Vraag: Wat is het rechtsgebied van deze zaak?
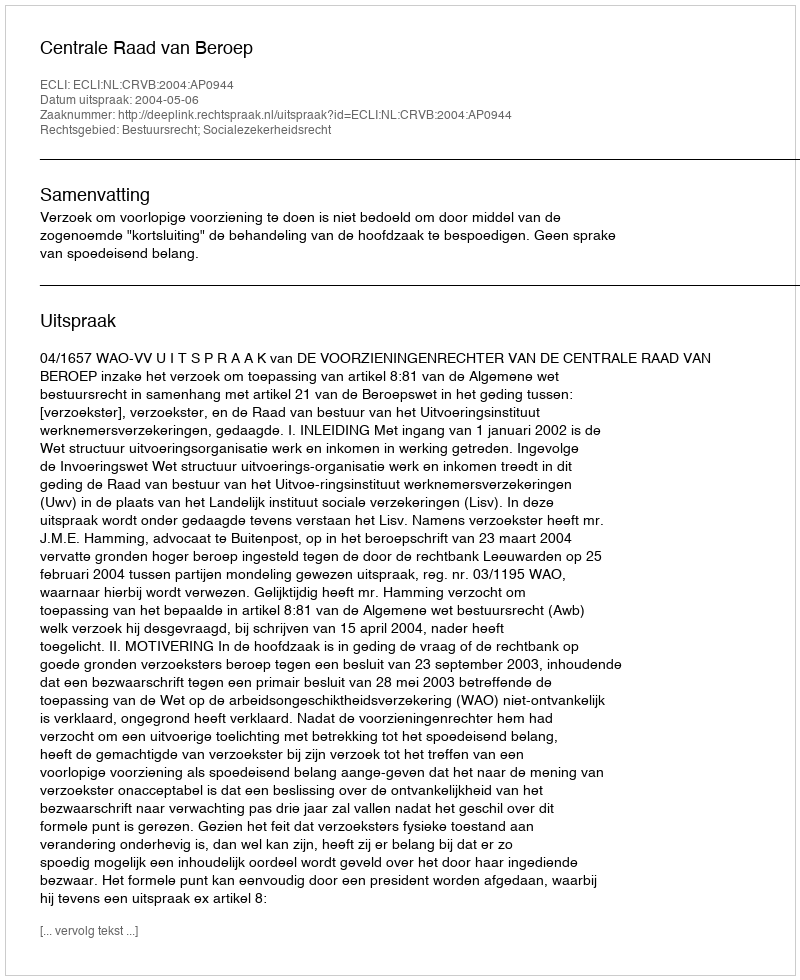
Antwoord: Bestuursrecht; Socialezekerheidsrecht